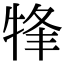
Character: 㸼